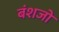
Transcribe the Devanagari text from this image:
बंशजों